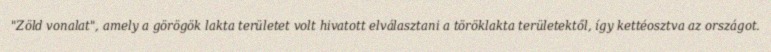
"Zöld vonalat", amely a görögök lakta területet volt hivatott elválasztani a töröklakta területektől, így kettéosztva az országot.